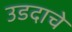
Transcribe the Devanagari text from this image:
उडदाचे